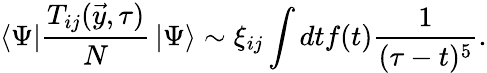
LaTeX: \left<\Psi\right|{\frac{T_{ij}(\vec{y},\tau)}{N}}\left|\Psi\right>\sim\xi_{ij}\int{dtf(t){\frac{1}{(\tau-t)^{5}}}}.